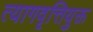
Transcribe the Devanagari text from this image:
त्यागवृत्तियुक्त